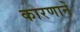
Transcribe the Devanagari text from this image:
कारणानें